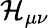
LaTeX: \mathcal{H}_{\mu\nu}